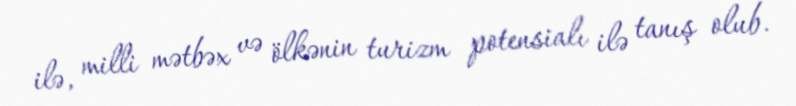
ilə, milli mətbəx və ölkənin turizm potensialı ilə tanış olub.